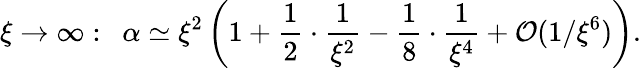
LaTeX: \xi\rightarrow\infty:\ \ \alpha\simeq\xi^{2}\left(1+\frac{1}{2}\cdot\frac{1}{\xi^{2}}-\frac{1}{8}\cdot\frac{1}{\xi^{4}}+{\cal O}(1/\xi^{6})\right).